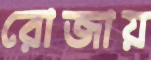
রোজায়